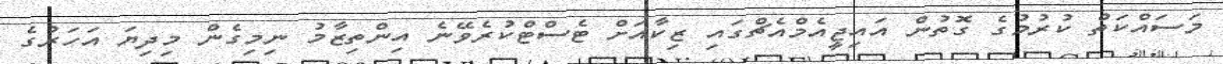
މަސައްކަތް ކުރުމުގެ ގޮތުން އައިޖީއެމްއެޗްގައި ޒިކާއަށް ޓެސްޓްކުރެވޭނެ އިންތިޒާމު ނިމިގެން މިދިޔަ އަހަރުގެ